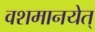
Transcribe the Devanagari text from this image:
वशमानयेत्